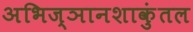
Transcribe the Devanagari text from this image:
अभिज्ञानशाकुंतल